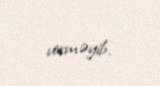
verməyib.